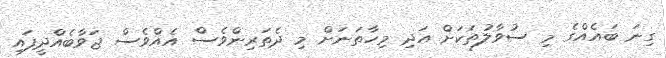
ގިނަ ބައެއްގެ މި ސުވާލުތަކަށް އަދި މިހާތަނަށް މި ދެތަރިންވެސް އެއްވެސް ޖަވާބެއްދީފައި